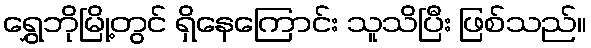
ရွှေဘိုမြို့တွင် ရှိနေကြောင်း သူသိပြီး ဖြစ်သည်။